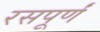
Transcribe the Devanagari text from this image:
रसपूर्णं